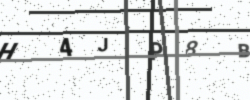
Text: H4JP8B